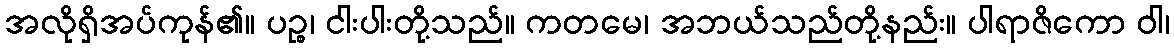
အလိုရှိအပ်ကုန်၏။ ပဉ္စ၊ ငါးပါးတို့သည်။ ကတမေ၊ အဘယ်သည်တို့နည်း။ ပါရာဇိကော ဝါ၊